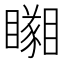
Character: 𥌘